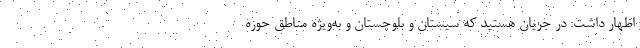
اظهار داشت: در جریان هستید که سیستان و بلوچستان و به‌ویژه مناطق حوزه